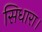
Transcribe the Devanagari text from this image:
सिधारा।